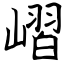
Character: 嶍